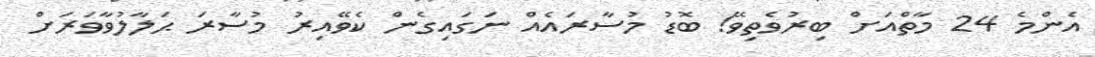
އެންމެ 24 މާތްއަށް ބިރުވެތިވޭ! ބޮޑު މުސާރައެއް ނަގައިގެން ކެވޭއިރު މުސާރަ ޙަލާލުވާވަރަށް